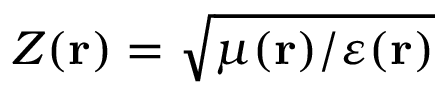
Z ( \mathbf { r } ) = \sqrt { \mu ( \mathbf { r } ) / \varepsilon ( \mathbf { r } ) }